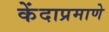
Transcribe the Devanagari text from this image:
केंदाप्रमाणे